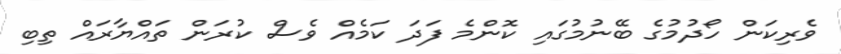
ވެރިކަން ހޯދުމުގެ ބޭނުމުގައި ކޮންމެ ފަދަ ކަމެއް ވެސް ކުރަން ތައްޔާރައް ތިބި